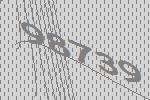
98739